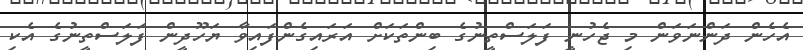
އެހެން ދަންނަވަން މި ޖެހުނީ ފަލަސްތީނުގެ ބިންތަކަށް އަރައިގެންފައިވާ ޔަހޫދީން ފަލަސްތީނުގެ އެކި